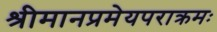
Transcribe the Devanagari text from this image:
श्रीमानप्रमेयपराक्रमः